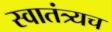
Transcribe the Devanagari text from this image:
स्वातंत्र्यच